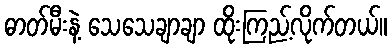
ဓာတ်မီးနဲ့ သေသေချာချာ ထိုးကြည့်လိုက်တယ်။